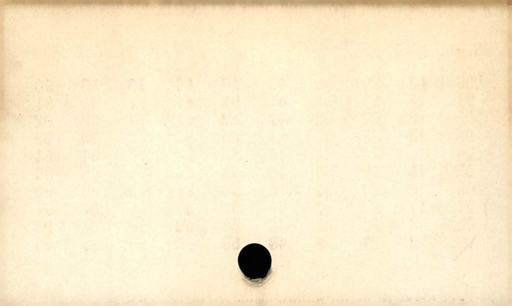
Label: blank